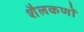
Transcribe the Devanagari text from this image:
शैलकणों